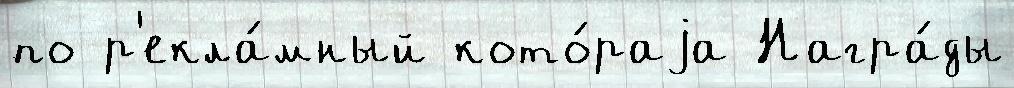
по р'екла́мный кото́раjа Награ́ды